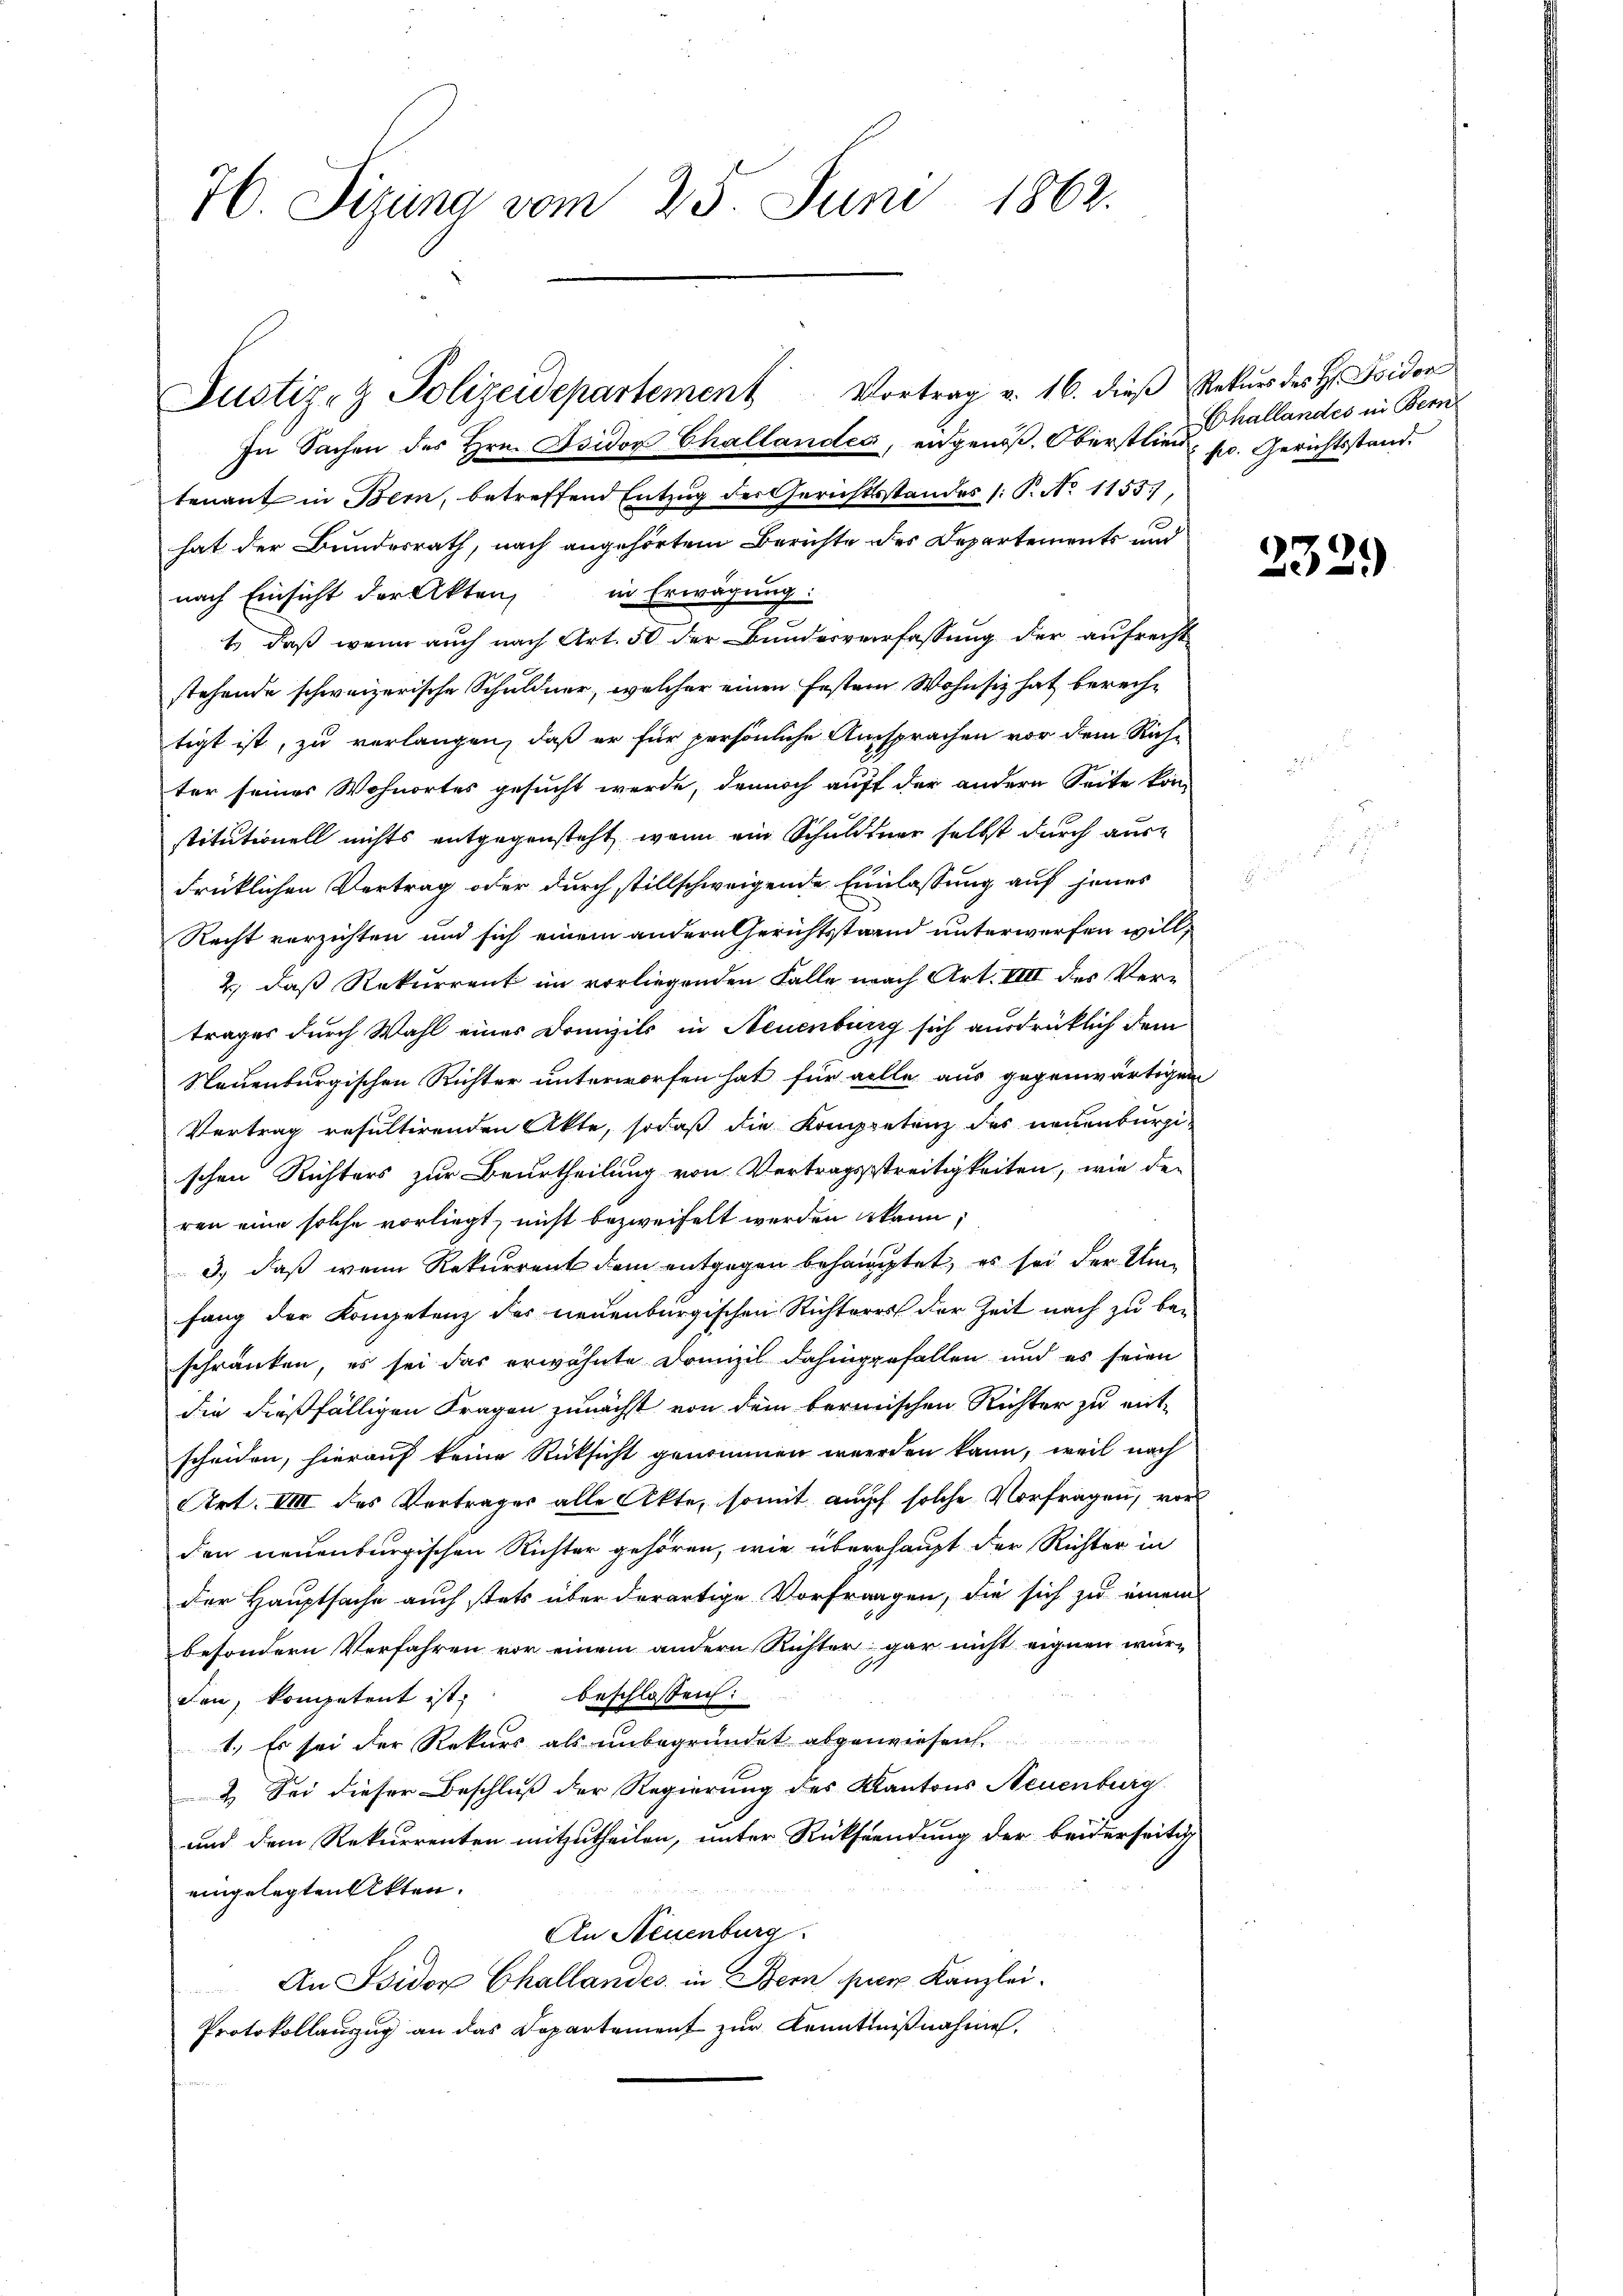
H. Sizung vom 25. Juni 1862.

In Sachen des Hrn. Isidor Challandes, eidgenöß. Oberstlie hallandes in Bern
tenant in Bern, betreffend Entzug der Gerichtsstandes (: P. No 1155),
hat der Bundesrath, nach angehörtem Berichte des Departements und
nach Einsicht der Akten, in Erwägung:
1) daß wenn auch nach Art. 50 der Bundesverfassung der aufrecht
stehende schweizerische Schuldner, welcher einen festein Wohnsiz hat berechtigt ist, zu verlangen, daß er für persönliche Ansprachen vor dem Rich-
ter seines Wohnortes gesucht werde, dennoch auff der andern Seite kon-
stitutionell nichts entgegensteht, wenn ein Schuldner selbst durch ausdrücklichen Vertrag oder durch stillschweigende Einlassung auf jenes
Recht verzichten und sich einem andern Gerichtsstand unterwerfen will,
2., daß Rekurrent im vorliegenden Falle nach Art. VIII des Vertrages durch Wahl eines Domizils in Neuenburg sich ausdrücklich dem
Neuenburgischen Richter unterworfen hat für alle aus gegenwärtigen
Vertrag resultirenden Akte, sodaß die Kompetenz des neuenburgischen Richters zur Beurtheilung von Vertragsstreitigkeiten, wie den
ren eine solche vorliegt, nicht bezweifelt werden kann,
3.) daß wenn Rekurrent dem entgegen behauptet, es sei der Umfang der Kompetenz des neuenburgischen Richteres der Zeit nach zu be-
schränken, es sei das erwähnte Domizil dahingefallen und es seien
die dießfälligen Fragen zunächst von dem bermischen Richter zu ent-
scheiden, hierauf keine Rücksicht genommen werden kann, weil nach
Art. VIII des Vertrages alle Akte, somit auch solche Vorfragen, vor
den neuenburgischen Richter gehören, wie überrhaupt der Richter in
der Hauptsache auch stets über derartige Vorfraagen, die sich zu einem
besondern Verfahren vor einem andern Richter gar nicht eignen wür-
den, kompetent ist, beschlossen:
1.) Es sei der Rekurs als unbegründet abgewiesen
2. Sei dieser Beschluß der Regierung des Kantons Neuenburg
und dem Rekurrenten mitzutheilen, unter Rücksendung der beiderseitig
eingelegten Akten.
An Neuenburg
An Isidor Challandes in Bern par Kanzlei¬
Protokollauszug an das Departement zur Kenntnißnahme,

Justiz- & Polizeidepartement Vortrag v. 16. dieβ Rekŭrs des H. Fridor

p. Gerichtsstand.

2329)